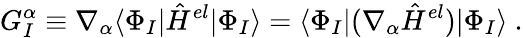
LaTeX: G_{I}^{\alpha}\equiv\nabla_{\alpha}\langle\Phi_{I}|\hat{H}^{el}|\Phi_{I}\rangle=\langle\Phi_{I}|(\nabla_{\alpha}\hat{H}^{el})|\Phi_{I}\rangle~.